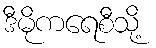
ဒီမိုကရေစီသို့